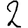
Digit: 2